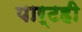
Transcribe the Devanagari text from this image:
पार्टही